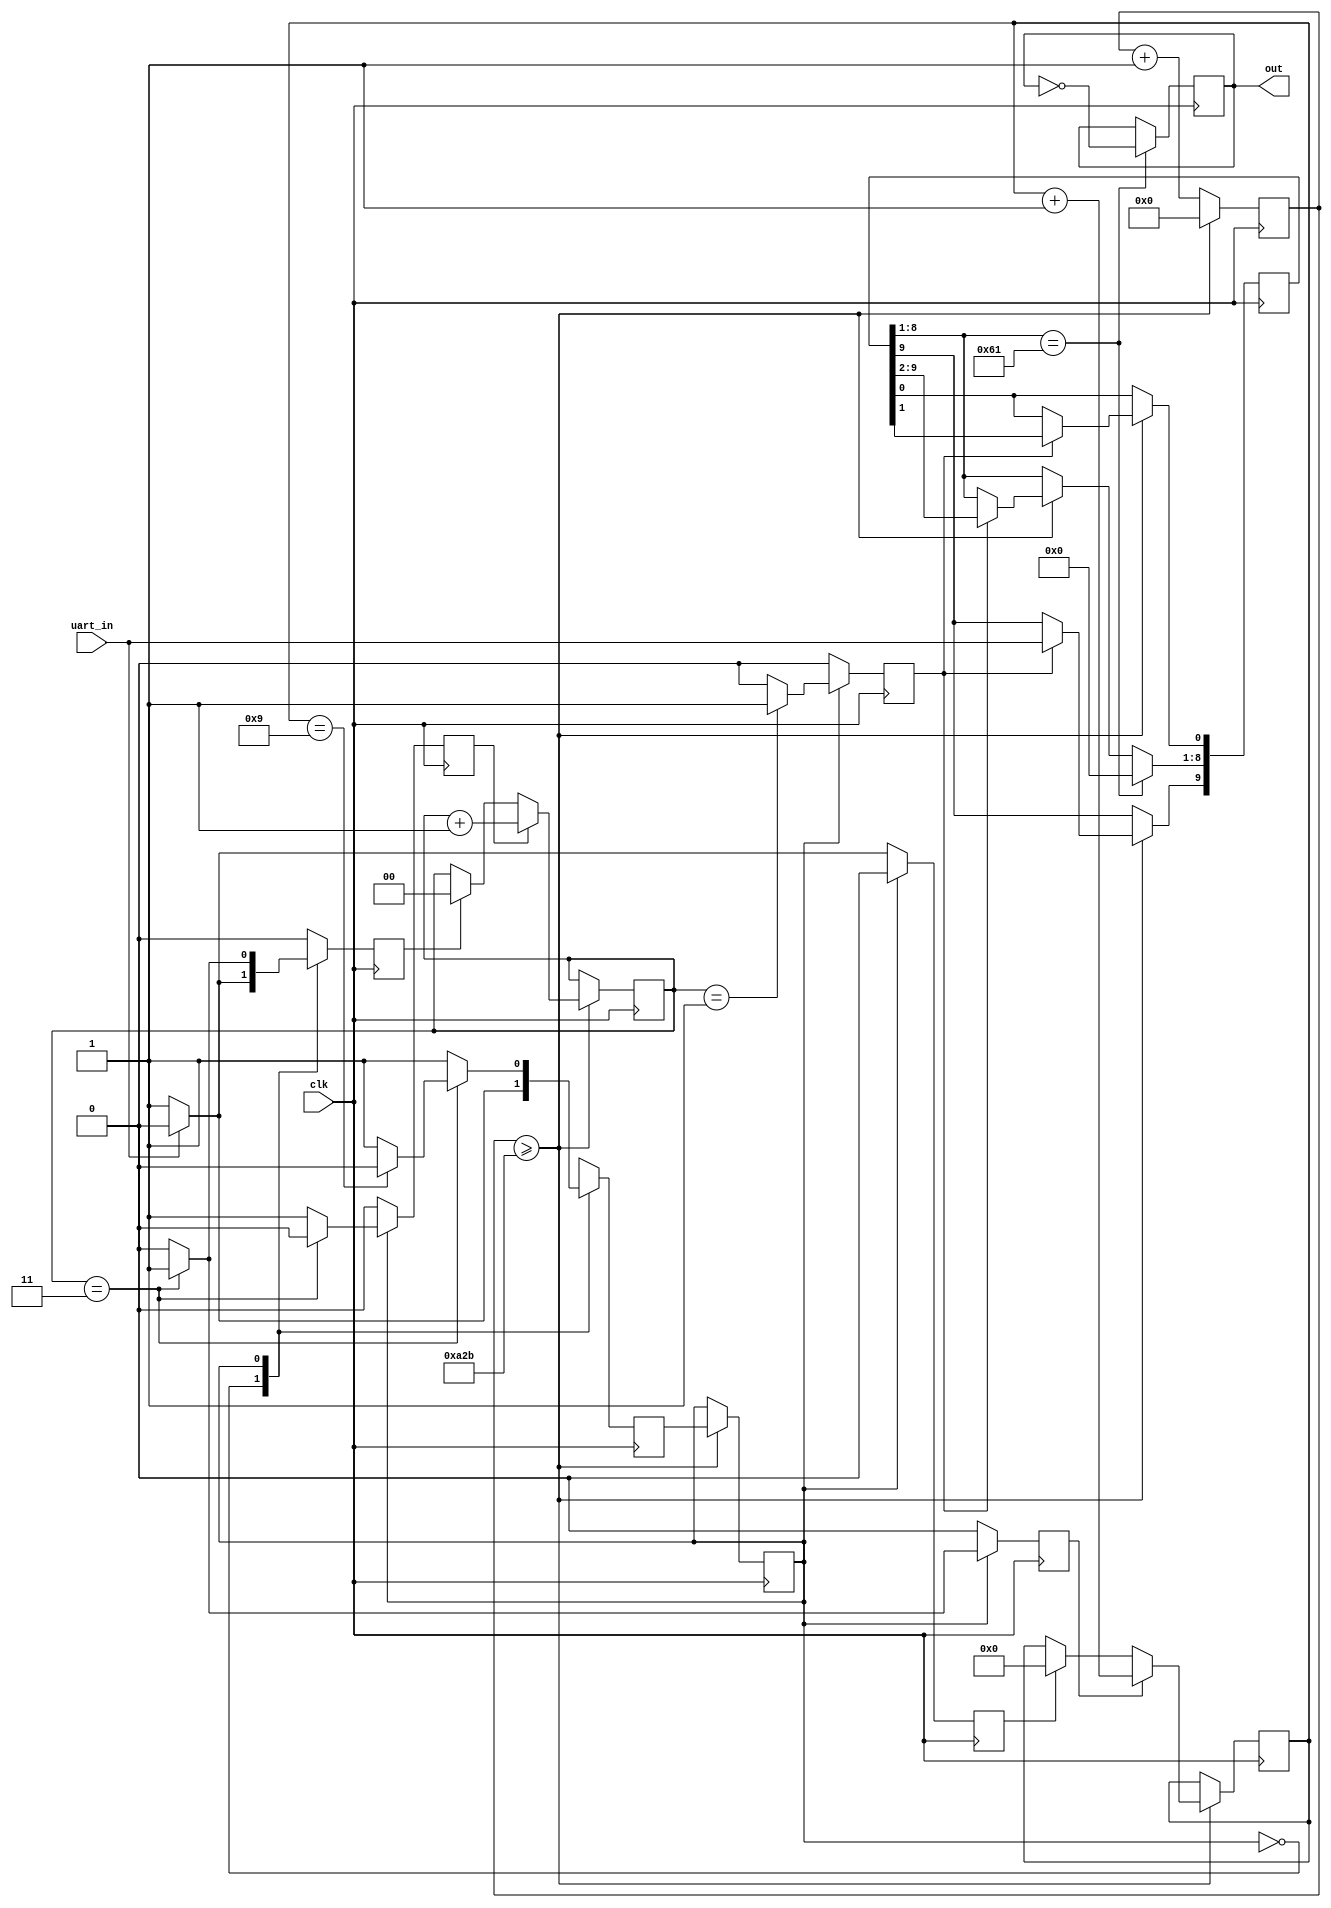
module UART_receiver_switch # (parameter key = 8'h61) ( 
      input clk, // input clock
      input uart_in, // input receiving data line
      //output [7:0] RxData, // output for 8 bits data
      output out // output level
      );
          
      //internal variables
      reg [3:0] bitcounter = 0; // 4 bits counter to count if 10 bits data transmission complete or not
      reg [1:0] samplecounter = 0; // 2 bits sample counter to count up to 4 for oversampling
      reg clear_bitcounter, inc_bitcounter, inc_samplecounter, clear_samplecounter; // clear or increment the counter
    
      reg [13:0] counter = 0; // 14 bits counter to count the baud rate (symbol rate) for UART receiving
      reg state = 0;  // initial state variable (mealy finite state machine)
      reg nextstate; // next state variable (mealy finite state machine)
      reg shift; // signal to indicate shifting data is ready
      reg [9:0] rxshiftreg; // 10 bits data needed to be shifted in during transmission. For storing the serial package and sending its bits one by one. The least significant bit is initialized with the binary value "0" (a start bit) A binary value "1" is introduced in the most significant bit
    
      reg output_reset = 0; // our output reset
      reg [31:0] time_counter = 0; // needed for our output reset
    
      // Constants (a parameter infers its type from its value)
      parameter clk_freq = 100_000_000;  // system clock frequency
      parameter baud_rate = 9_600; // baud rate (should be agreed upon with the transmitter)
      parameter oversamples = 4; // oversampling
      parameter reset_counter = clk_freq/(baud_rate*oversamples);  // counter upper bound
      // <------------ 100M clock cycles ----------->
      // <------------ 9,600 bits ------------------>
      // <------------ 9,600x4 samples ------------->
      // reset_counter = 2604, means counter goes from 0 to 2604 (during that time I should take 1 sample)
      parameter counter_mid_sample = (oversamples/2);  // this is the middle point of a bit where you want to sample it
      parameter num_bit = 10; // 1 start, 8 data, 1 stop
    
      //parameter key = 8'b01100001; // 8'b01100001; is the binary value of the ASCII character of small 'a' keyboard button
      parameter reset_high_seconds = 1;
      parameter reset_time_counter = clk_freq*reset_high_seconds;
    
    
      assign RxData = rxshiftreg [8:1]; // assign the RxData from the shiftregister
      assign out = output_reset;
    
      // UART receiver logic
      always @ (posedge clk) begin 
        counter <= counter +1; // start count in the counter
        if (counter >= reset_counter-1) begin // if counter reach the baud rate with sampling 
          counter <=0; //reset the counter
          state <= nextstate; // assign the state to nextstate
          if (shift)rxshiftreg <= {uart_in,rxshiftreg[9:1]}; //if shift asserted, load the receiving data
          if (clear_samplecounter) samplecounter <=0; // if clear sampl counter asserted, reset sample counter
          if (inc_samplecounter) samplecounter <= samplecounter +1; //if increment counter asserted, start sample count
          if (clear_bitcounter) bitcounter <=0; // if clear bit counter asserted, reset bit counter
          if (inc_bitcounter)bitcounter <= bitcounter +1; // if increment bit counter asserted, start count bit counter
        end
        
        // Handle our desired reset output
        // if (output_reset == 0 && rxshiftreg[8:1] == key)
           // output_reset <= 1;
        // if (output_reset == 1)
          // if (time_counter >= reset_time_counter) begin
            // time_counter <= 0;
            // output_reset <= 0;
            // rxshiftreg[8:1] <= 0;
          // end
          // else time_counter <= time_counter +1;
          
        if (rxshiftreg[8:1] == key) begin
           output_reset <= ~output_reset;
           rxshiftreg[8:1] <= 0;
           end 
//        else begin
//            output_reset <= output_reset;
//            //rxshiftreg[8:1] <= 0;
//           end 
          
      end
         
      // Finite state machine
      always @ (posedge clk) begin //trigger by clock 
        shift <= 0; // set shift to 0 to avoid any shifting 
        clear_samplecounter <=0; // set clear sample counter to 0 to avoid reset
        inc_samplecounter <=0; // set increment sample counter to 0 to avoid any increment
        clear_bitcounter <=0; // set clear bit counter to 0 to avoid claring
        inc_bitcounter <=0; // set increment bit counter to avoid any count
        nextstate <=0; // set next state to be idle state
        case (state)
          0: begin // idle state
            if (uart_in) // if input uart_in data line asserted
              nextstate <=0; // back to idle state because uart_in needs to be low to start transmission    
            else begin // if input uart_in data line is not asserted
              nextstate <=1; // jump to receiving state 
              clear_bitcounter <=1; // trigger to clear bit counter
              clear_samplecounter <=1; // trigger to clear sample counter
            end
          end
          1: begin // receiving state
            nextstate <= 1; // DEFAULT 
            if (samplecounter == counter_mid_sample - 1) shift <= 1; // if sample counter is 1, trigger shift 
            if (samplecounter == oversamples - 1) begin // if sample counter is 3 as the sample rate used is 3
              if (bitcounter == num_bit - 1) // check if bit counter if 9 or not
                nextstate <= 0; // back to idle state if bit counter is 9 as receving is complete
              inc_bitcounter <=1; // trigger the increment bit counter if bit counter is not 9
              clear_samplecounter <=1; //trigger the sample counter to reset the sample counter
            end
            else inc_samplecounter <=1; // if sample is not equal to 3, keep counting
          end
           default: nextstate <=0; //default idle state
         endcase
      end
    endmodule